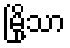
မြို့သာ